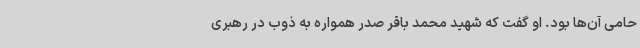
حامی آن‌ها بود. او گفت که شهید محمد باقر صدر همواره به ذوب در رهبری